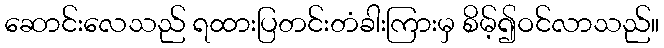
ဆောင်းလေသည် ရထားပြတင်းတံခါးကြားမှ စိမ့်၍ဝင်လာသည်။